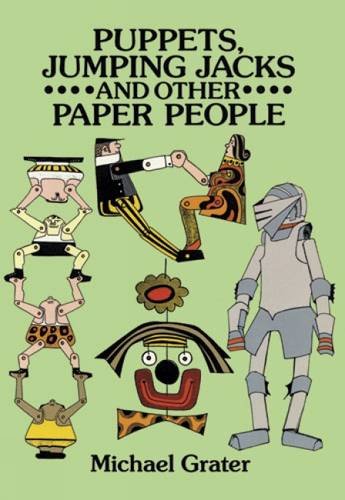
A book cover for Puppets, Jumping Jacks and Other Paper People (Dover Origami Papercraft); Michael Grater; Crafts, Hobbies & Home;